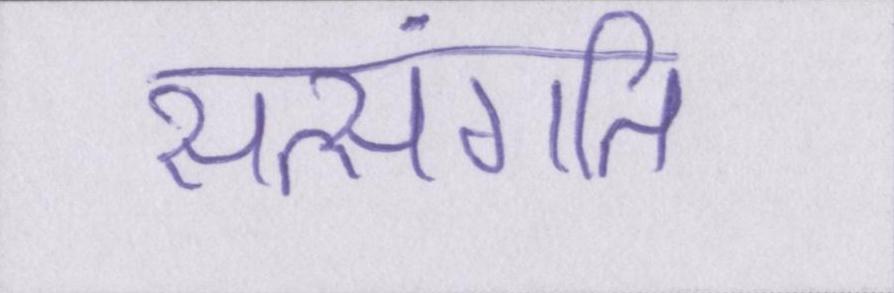
सत्संगति